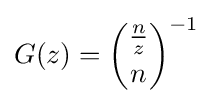
G(z)={{\frac {n}{z}} \choose n}^{-1}